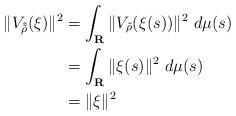
LaTeX: \begin{align*} \| V_{\tilde{\tilde{\rho}}}(\xi )\| ^2&=\int _{\mathbf{R}}\| V_{\tilde{\rho}}(\xi (s))\| ^2 \ d\mu (s) \\ &=\int _{\mathbf{R}}\| \xi (s)\| ^2\ d\mu (s) \\ &=\| \xi \| ^2\end{align*}